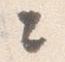
々